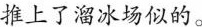
推上了溜冰场似的。